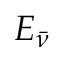
E _ { \bar { \nu } }